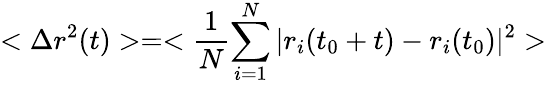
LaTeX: <\Delta r^{2}(t)>=<\frac{1}{N}{\sum_{i=1}^{N}|r_{i}(t_{0}+t)-r_{i}(t_{0})|^{2}}>